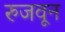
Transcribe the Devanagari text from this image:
रुजवून